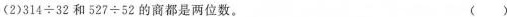
(2)314÷32和527÷52的商都是两位数。 ( )